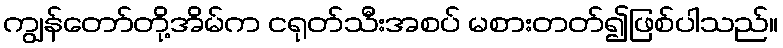
ကျွန်တော်တို့အိမ်က ငရုတ်သီးအစပ် မစားတတ်၍ဖြစ်ပါသည်။